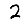
Digit: 2